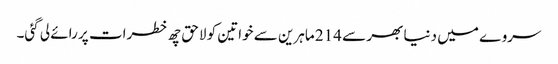
سروے میں دنیا بھر سے 214 ماہرین سے خواتین کو لاحق چھ خطرات پر رائے لی گئی۔